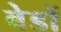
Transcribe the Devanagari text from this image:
बेडों